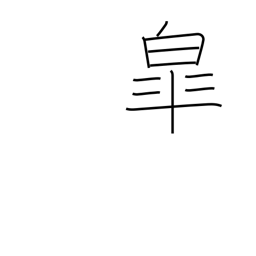
Meaning: fifth month